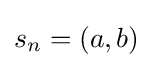
s_{n}=(a,b)